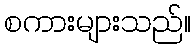
စကားများသည်။